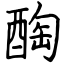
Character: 醄